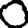
Digit: 0